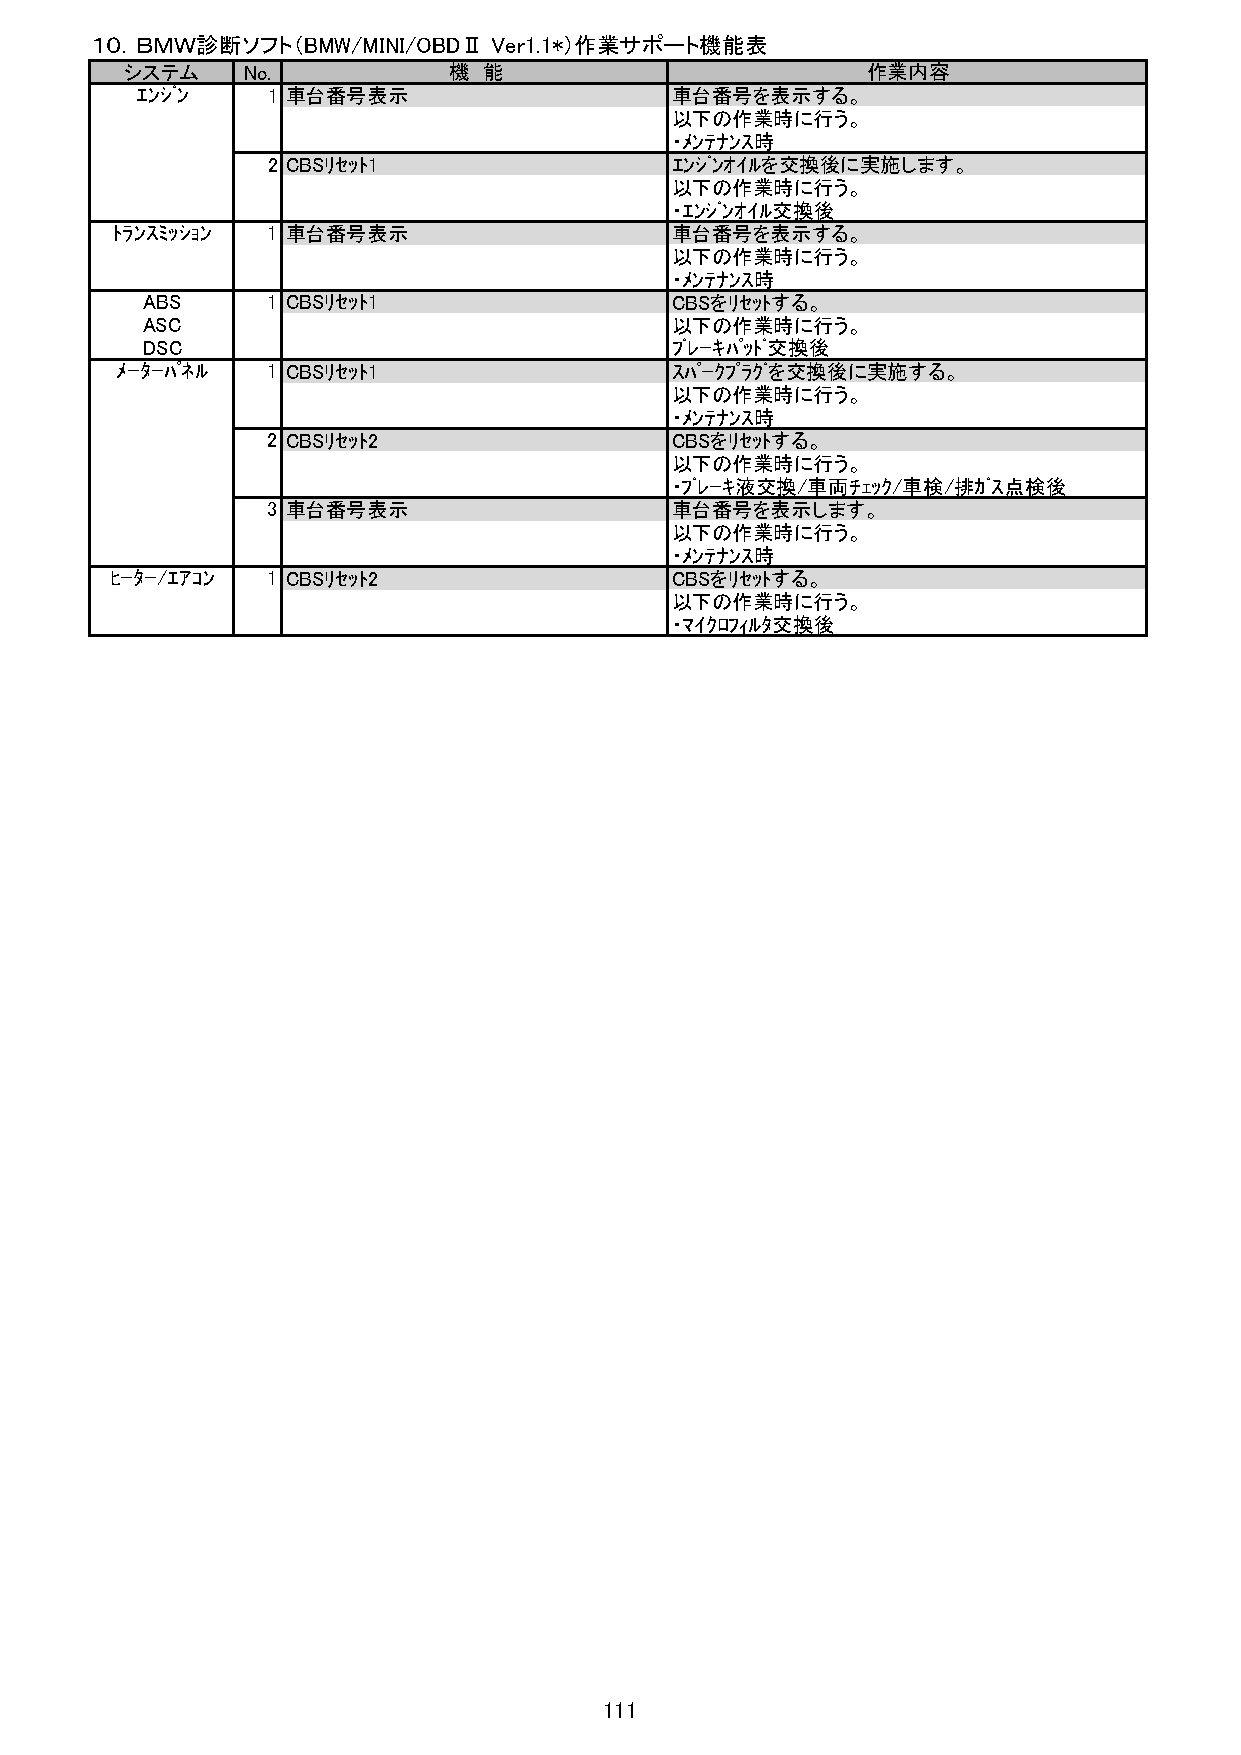
１０．ＢＭＷ診断ソフト（BMW/MINI/OBDⅡ Ver1.1*）作業サポート機能表
 システム    No.           機 能                        作業内容
 ｴﾝｼﾞﾝ    1 車台番号表示                  車台番号を表示する。
 以下の作業時に行う。
 ・ﾒﾝﾃﾅﾝｽ時
 2 CBSﾘｾｯﾄ1                ｴﾝｼﾞﾝｵｲﾙを交換後に実施します。
 以下の作業時に行う。
 ・ｴﾝｼﾞﾝｵｲﾙ交換後
 ﾄﾗﾝｽﾐｯｼｮﾝ  1 車台番号表示                  車台番号を表示する。
 以下の作業時に行う。
 ・ﾒﾝﾃﾅﾝｽ時
 ABS      1 CBSﾘｾｯﾄ1                CBSをﾘｾｯﾄする。
 ASC                                以下の作業時に行う。
 DSC                                ﾌﾞﾚｰｷﾊﾟｯﾄﾞ交換後
 ﾒｰﾀｰﾊﾟﾈﾙ  1 CBSﾘｾｯﾄ1                ｽﾊﾟｰｸﾌﾟﾗｸﾞを交換後に実施する。
 以下の作業時に行う。
 ・ﾒﾝﾃﾅﾝｽ時
 2 CBSﾘｾｯﾄ2                CBSをﾘｾｯﾄする。
 以下の作業時に行う。
 ・ﾌﾞﾚｰｷ液交換/車両ﾁｪｯｸ/車検/排ｶﾞｽ点検後
 3 車台番号表示                  車台番号を表示します。
 以下の作業時に行う。
 ・ﾒﾝﾃﾅﾝｽ時
 ﾋｰﾀｰ/ｴｱｺﾝ  1 CBSﾘｾｯﾄ2                CBSをﾘｾｯﾄする。
 以下の作業時に行う。
 ・ﾏｲｸﾛﾌｨﾙﾀ交換後
 111